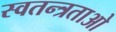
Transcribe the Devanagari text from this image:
स्वतन्त्रताओ